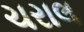
ચરાલ